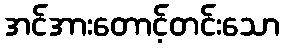
အင်အားတောင့်တင်းသော